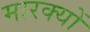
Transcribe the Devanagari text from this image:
मारक्यों